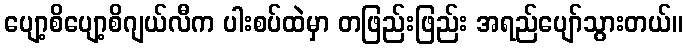
ပျော့စိပျော့စိဂျယ်လီက ပါးစပ်ထဲမှာ တဖြည်းဖြည်း အရည်ပျော်သွားတယ်။